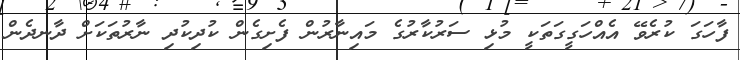
ފާހަގަ ކުރެވޭ އެއްހަގީގަތަކީ މުޅި ސަރުކާރުގެ މައިނާރުން ފެށިގެން ކުދިކުދި ނާރުތަކަށް ދާނދެން